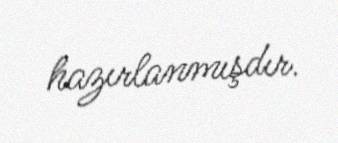
hazırlanmışdır.